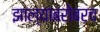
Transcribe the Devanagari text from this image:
झाल्याबरोबरच